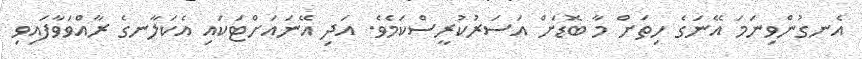
އެނގުންވިނަމަ އޭނަގެ ހިތަށް މާ ބޮޑަށް އަސަރުކުރީސްކަމެވެ. އަދި އޭނައަށްޓަކައި އެކަލާނގެ ރާއްވަވާފައިވި